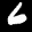
Label: 6